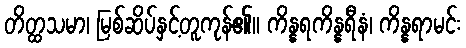
တိတ္ထသမာ၊ မြစ်ဆိပ်နှင့်တူကုန်၏။ ကိန္နရကိန္နရီနံ၊ ကိန္နရာမင်း